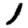
Digit: 1